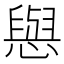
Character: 𢢎